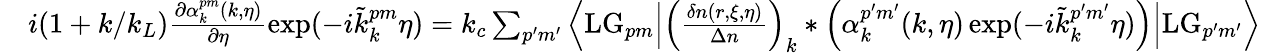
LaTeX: \begin{array}{rl}&{i(1+k/k_{L})\frac{\partial\alpha_{k}^{pm}(k,\eta)}{\partial\eta}\exp(-i\tilde{k}_{k}^{pm}\eta)=k_{c}\sum_{p^{\prime}m^{\prime}}\Big\langle\mathrm{LG}_{pm}\Big|\left(\frac{\delta n(r,\xi,\eta)}{\Delta n}\right)_{k}\ast\left(\alpha_{k}^{p^{\prime}m^{\prime}}(k,\eta)\exp(-i\tilde{k}_{k}^{p^{\prime}m^{\prime}}\eta)\right)\Big|\mathrm{LG}_{p^{\prime}m^{\prime}}\Big\rangle}\end{array}